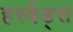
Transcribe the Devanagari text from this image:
हस्बेंड्स